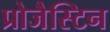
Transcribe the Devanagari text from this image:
प्रोजैस्टिन